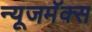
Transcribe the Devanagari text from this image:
न्यूजमॅक्स